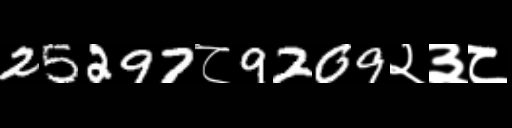
Text: 25297८9209२३८